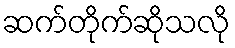
ဆက်တိုက်ဆိုသလို